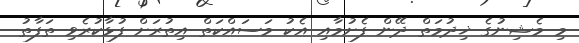
މި މެޝިނުގެ ޚިދުމަތް ދޭން ފެށުމާއި އެކު މަސައްކަތް އިތުރަށް ފުޅާކުރެވި ތަފާތު